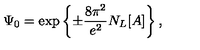
\Psi _ { 0 } = \exp \left\{ \pm \frac { 8 \pi ^ { 2 } } { e ^ { 2 } } N _ { L } [ A ] \right\} ,